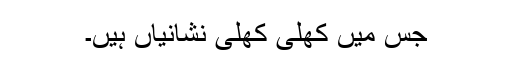
جس میں کھلی کھلی نشانیاں ہیں۔